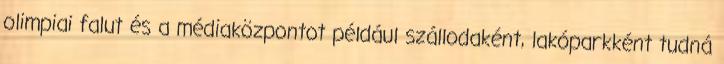
olimpiai falut és a médiaközpontot például szállodaként, lakóparkként tudná